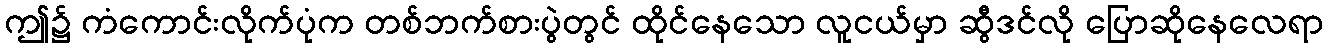
ဤ၌ ကံကောင်းလိုက်ပုံက တစ်ဘက်စားပွဲတွင် ထိုင်နေသော လူငယ်မှာ ဆွီဒင်လို ပြောဆိုနေလေရာ